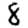
Digit: 8